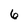
Character: 6